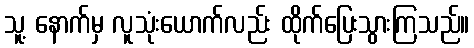
သူ့ နောက်မှ လူသုံးယောက်လည်း ထိုက်ပြေးသွားကြသည်။